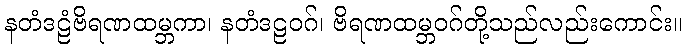
နတံဒဠံဗိရဏထမ္ဘကာ၊ နတံဒဠဝဂ်၊ ဗိရဏထမ္ဘဝဂ်တို့သည်လည်းကောင်း။